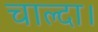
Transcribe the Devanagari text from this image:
चाल्दा।